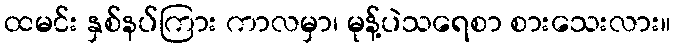
ထမင်း နှစ်နပ်ကြား ကာလမှာ၊ မုန့်ပဲသရေစာ စားသေးလား။